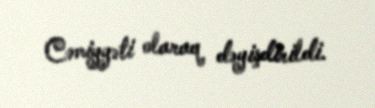
Cəmiyyəti olaraq dəyişdirildi.